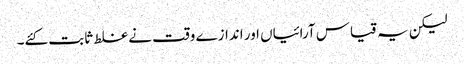
لیکن یہ قیاس آرائیاں اور اندازے وقت نے غلط ثابت کئے۔